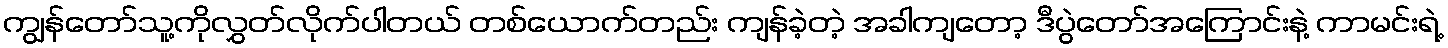
ကျွန်တော်သူ့ကိုလွှတ်လိုက်ပါတယ် တစ်ယောက်တည်း ကျန်ခဲ့တဲ့ အခါကျတော့ ဒီပွဲတော်အကြောင်းနဲ့ ကာမင်းရဲ့